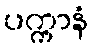
ပက္ကာနံ